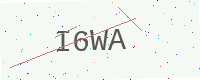
Text: I6WA